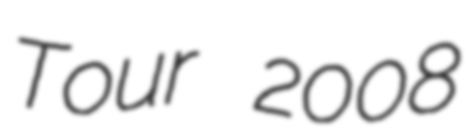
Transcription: Tour 2008